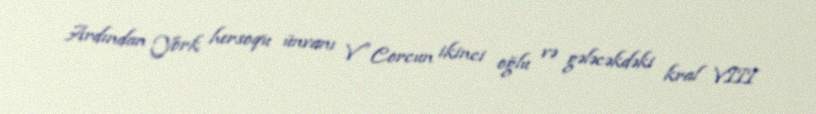
Ardından York hersoqu ünvanı V Corcun ikinci oğlu və gələcəkdəki kral VIII